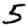
Digit: 5